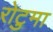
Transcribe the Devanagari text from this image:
रोटुमा